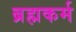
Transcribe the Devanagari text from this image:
ब्रह्मकर्म